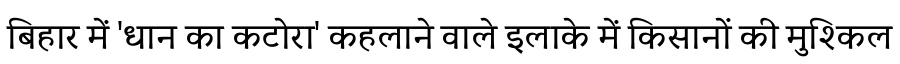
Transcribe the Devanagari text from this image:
बिहार में 'धान का कटोरा' कहलाने वाले इलाके में किसानों की मुश्किल